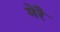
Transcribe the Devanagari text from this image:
मेरै